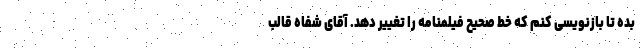
بده تا بازنویسی کنم که خط صحیح فیلمنامه را تغییر دهد. آقای شفاه قالب